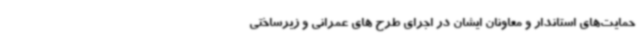
حمایت‌های استاندار و معاونان ایشان در اجرای طرح های عمرانی و زیرساختی